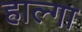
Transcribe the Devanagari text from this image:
हाल्गा